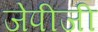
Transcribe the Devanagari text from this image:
जेपीजी